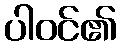
ပါဝင်၏